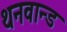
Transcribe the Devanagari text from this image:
थनवान्ड